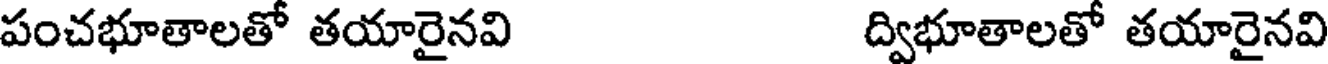
పంచభూతాలతో తయారైనవి ద్విభూతాలతో తయారైనవి